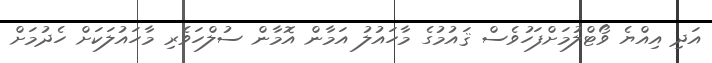
އަދި އިއްޔެ ވޯޓްލުމަށްފަހުވެސް ޤައުމުގެ މާހައުލު އަމާން އޮމާން ސުލްހަވެރި މާހައުލަކަށް ހެދުމަށް